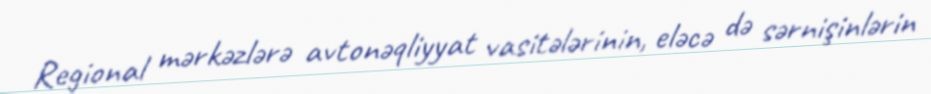
Regional mərkəzlərə avtonəqliyyat vasitələrinin, eləcə də sərnişinlərin